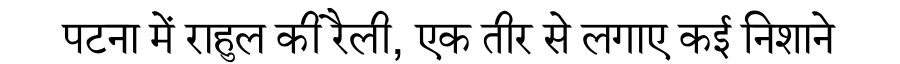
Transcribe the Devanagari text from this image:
पटना में राहुल की रैली, एक तीर से लगाए कई निशाने